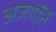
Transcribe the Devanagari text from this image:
अजगर्ति